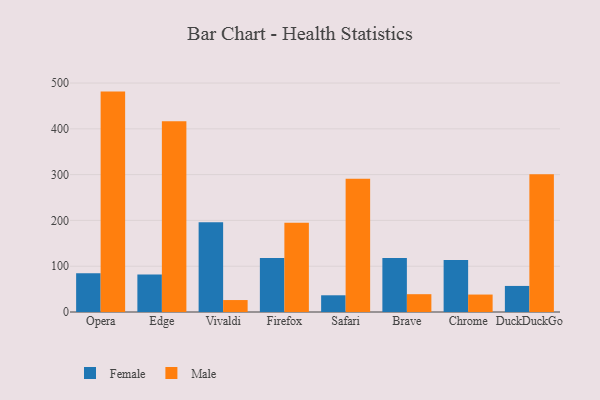
{"axis": {"x": "Browser", "y": "Humidity (%)"}, "legend": ["Female", "Male"], "data": [{"x": "Opera", "y": 84.8, "type": "Female"}, {"x": "Opera", "y": 481.3, "type": "Male"}, {"x": "Edge", "y": 82.1, "type": "Female"}, {"x": "Edge", "y": 416.5, "type": "Male"}, {"x": "Vivaldi", "y": 196.0, "type": "Female"}, {"x": "Vivaldi", "y": 26.1, "type": "Male"}, {"x": "Firefox", "y": 117.8, "type": "Female"}, {"x": "Firefox", "y": 194.8, "type": "Male"}, {"x": "Safari", "y": 36.5, "type": "Female"}, {"x": "Safari", "y": 290.8, "type": "Male"}, {"x": "Brave", "y": 117.7, "type": "Female"}, {"x": "Brave", "y": 38.9, "type": "Male"}, {"x": "Chrome", "y": 113.6, "type": "Female"}, {"x": "Chrome", "y": 38.1, "type": "Male"}, {"x": "DuckDuckGo", "y": 56.9, "type": "Female"}, {"x": "DuckDuckGo", "y": 301.0, "type": "Male"}]}